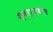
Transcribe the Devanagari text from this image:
श्वार्जबॉम